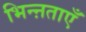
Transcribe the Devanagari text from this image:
भिन्ऩताएँ